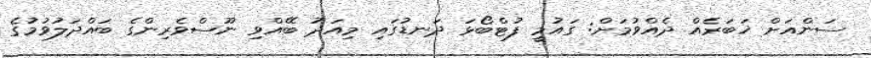
ސަންއަށް ޚަބަރެއް ދެއްވުމަށް: ގައުމީ ފުޓްބޯޅަ ދަނޑުގައި މިއަދު ބޭއްވި ނޫސްވެރިންގެ ބައްދަލުވުމުގެ